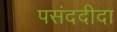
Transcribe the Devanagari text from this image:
पसंददीदा